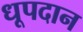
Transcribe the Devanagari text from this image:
धूपदान